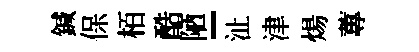
鍼保栢酷陋-沚津煬蓴